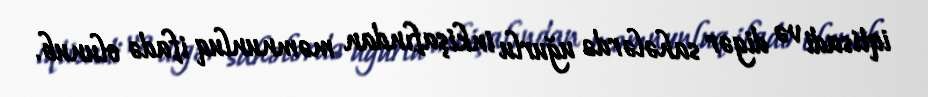
iqtisadi və digər sahələrdə uğurlu inkişafından məmnunluq ifadə olunub.